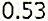
0.53